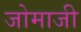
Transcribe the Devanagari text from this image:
जोमाजी